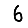
Digit: 6